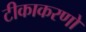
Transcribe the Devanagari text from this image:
टीकाकरणों